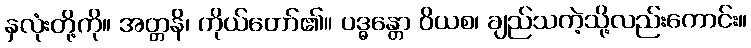
နှလုံးတို့ကို။ အတ္တနိ၊ ကိုယ်တော်၏။ ပဒ္ဓန္တော ဝိယစ၊ ချည်သကဲ့သို့လည်းကောင်း။